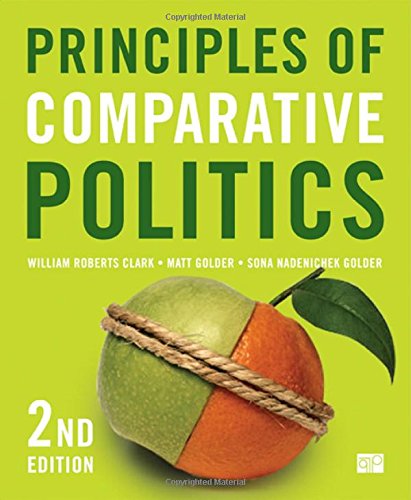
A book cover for Principles of Comparative Politics; William Roberts Clark; Law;